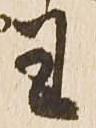
王